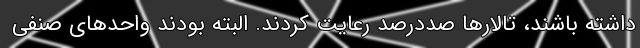
داشته باشند، تالارها صددرصد رعایت کردند. البته بودند واحدهای صنفی